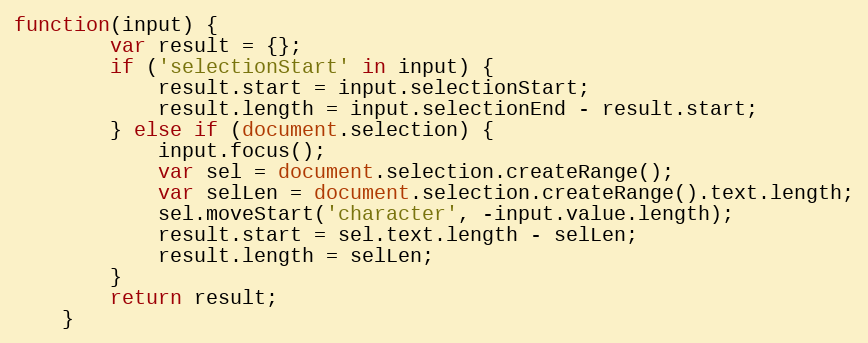
Language: JavaScript
function(input) {
		var result = {};
		if ('selectionStart' in input) {
			result.start = input.selectionStart;
			result.length = input.selectionEnd - result.start;
		} else if (document.selection) {
			input.focus();
			var sel = document.selection.createRange();
			var selLen = document.selection.createRange().text.length;
			sel.moveStart('character', -input.value.length);
			result.start = sel.text.length - selLen;
			result.length = selLen;
		}
		return result;
	}